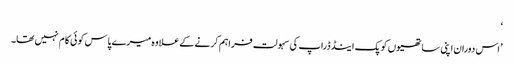
‘
’اس دوران اپنی ساتھیوں کو پک اینڈ ڈراپ کی سہولت فراہم کرنے کےعلاوہ میرے پاس کوئی کام نہیں تھا۔